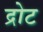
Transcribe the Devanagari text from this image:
द्रोट